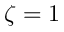
\zeta = 1